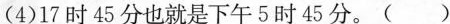
(4)17时45分也就是下午5时45分。( )